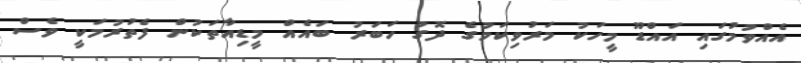
އެއްވުމުގައި އައްޑޫ މީހަކު މަރުވިކަމުގެ ދޮގު ހަބަރު ބައެއް މީޑިއާތަކުން ފެތުރުމަކީ ވެސް